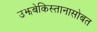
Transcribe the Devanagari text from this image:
उझबेकिस्तानासोबत